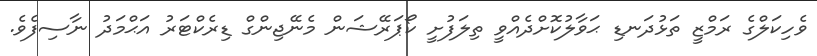
ވެހިކަލްގެ ރަމްޒީ ތަޅުދަނޑި ޙަވާލުކޮށްދެއްވީ ތިލަފުށީ ކޯޕަރޭޝަން މެނޭޖިންގް ޑިރެކްޓަރު އަޙްމަދު ނާސިފެވެ.